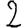
Digit: 2